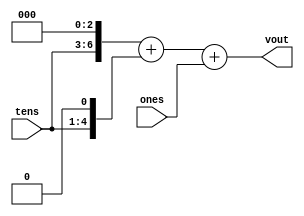
// 

module num_join(
    input [3:0] tens,  // 
    input [3:0] ones,  // 
    output  reg  [7:0] vout // 
);

// onestens, (tens*10+ones)
always @(*) begin
    vout = {tens, 3'b0} + {tens, 1'b0} + ones;
end

endmodule